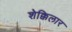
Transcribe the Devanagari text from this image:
शेक्किलार